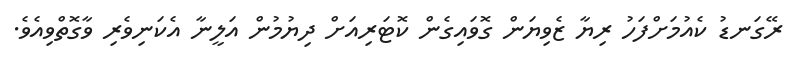
ރޭގަނޑު ކެއުމަށްފަހު ރިޔާ ޒެވިޔަން ގޮވައިގެން ކޮޓަރިއަށް ދިޔުމުން އަލީނާ އެކަނިވެރި ވާގޮތްވިއެވެ.